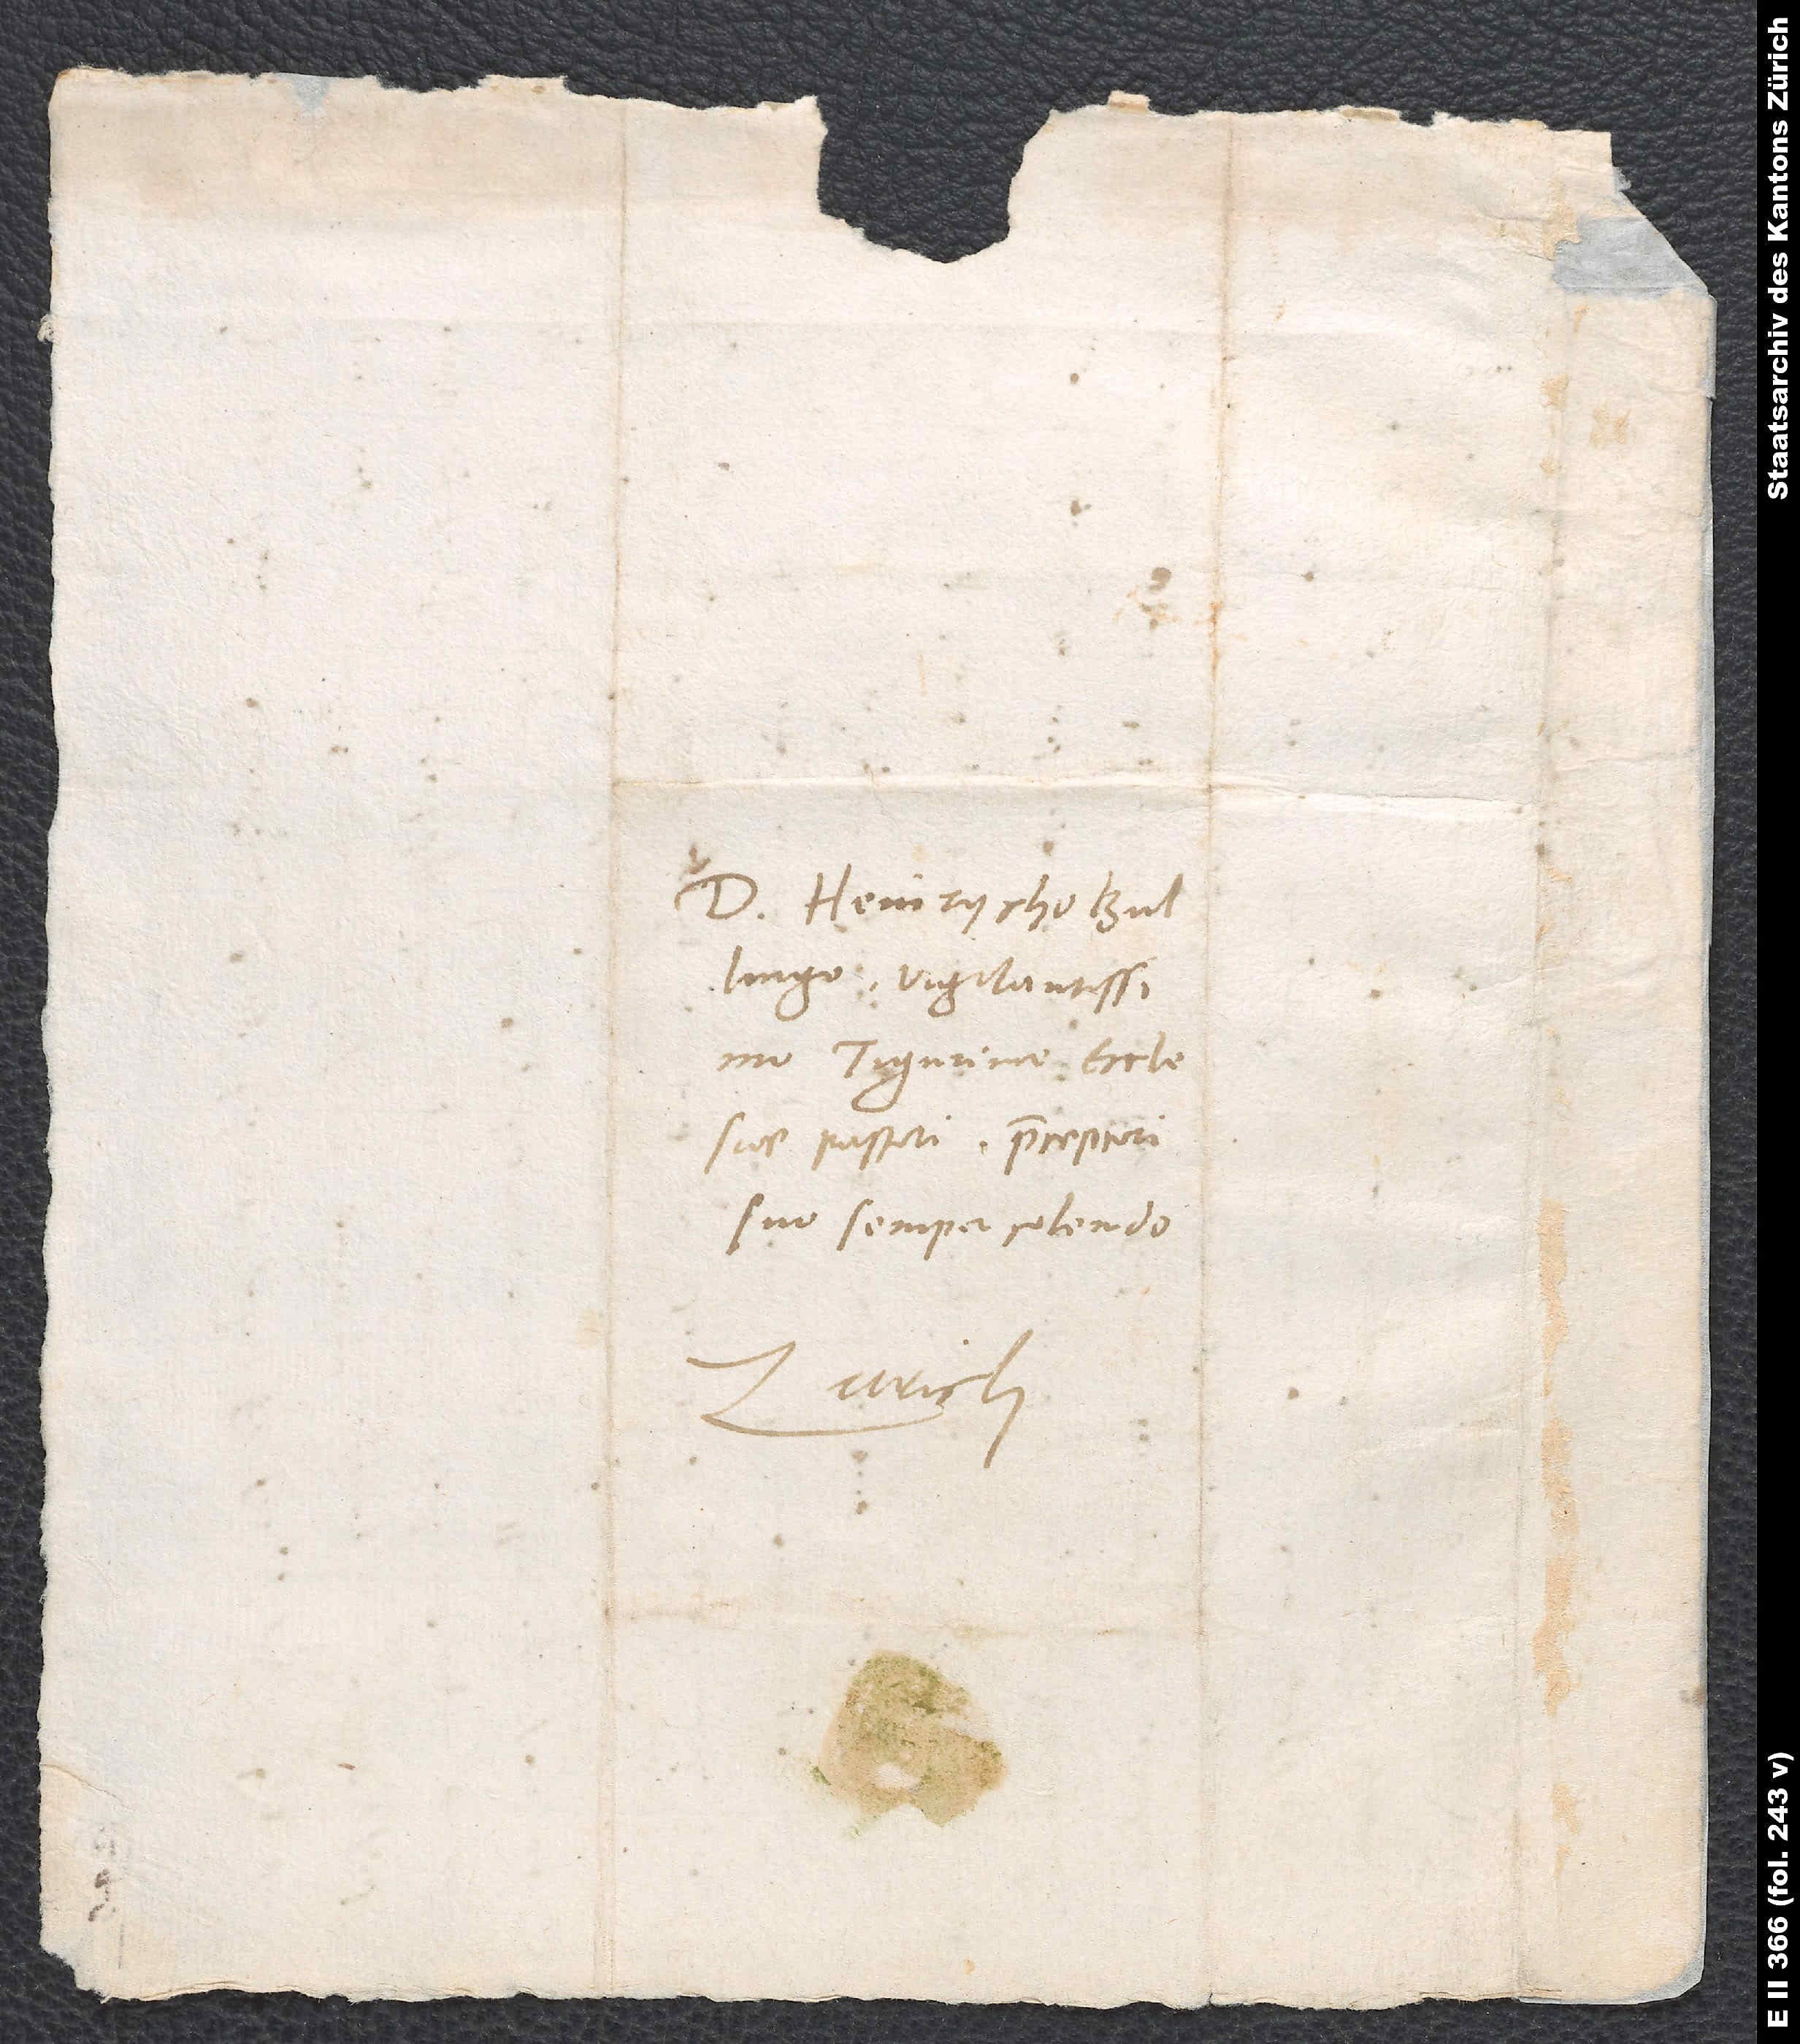
D. Heinrycho
Bullingo, vigilantissimo
Tigurinae ecclesiae
pastori, praeceptori
suo semper colendo.
Zurich.